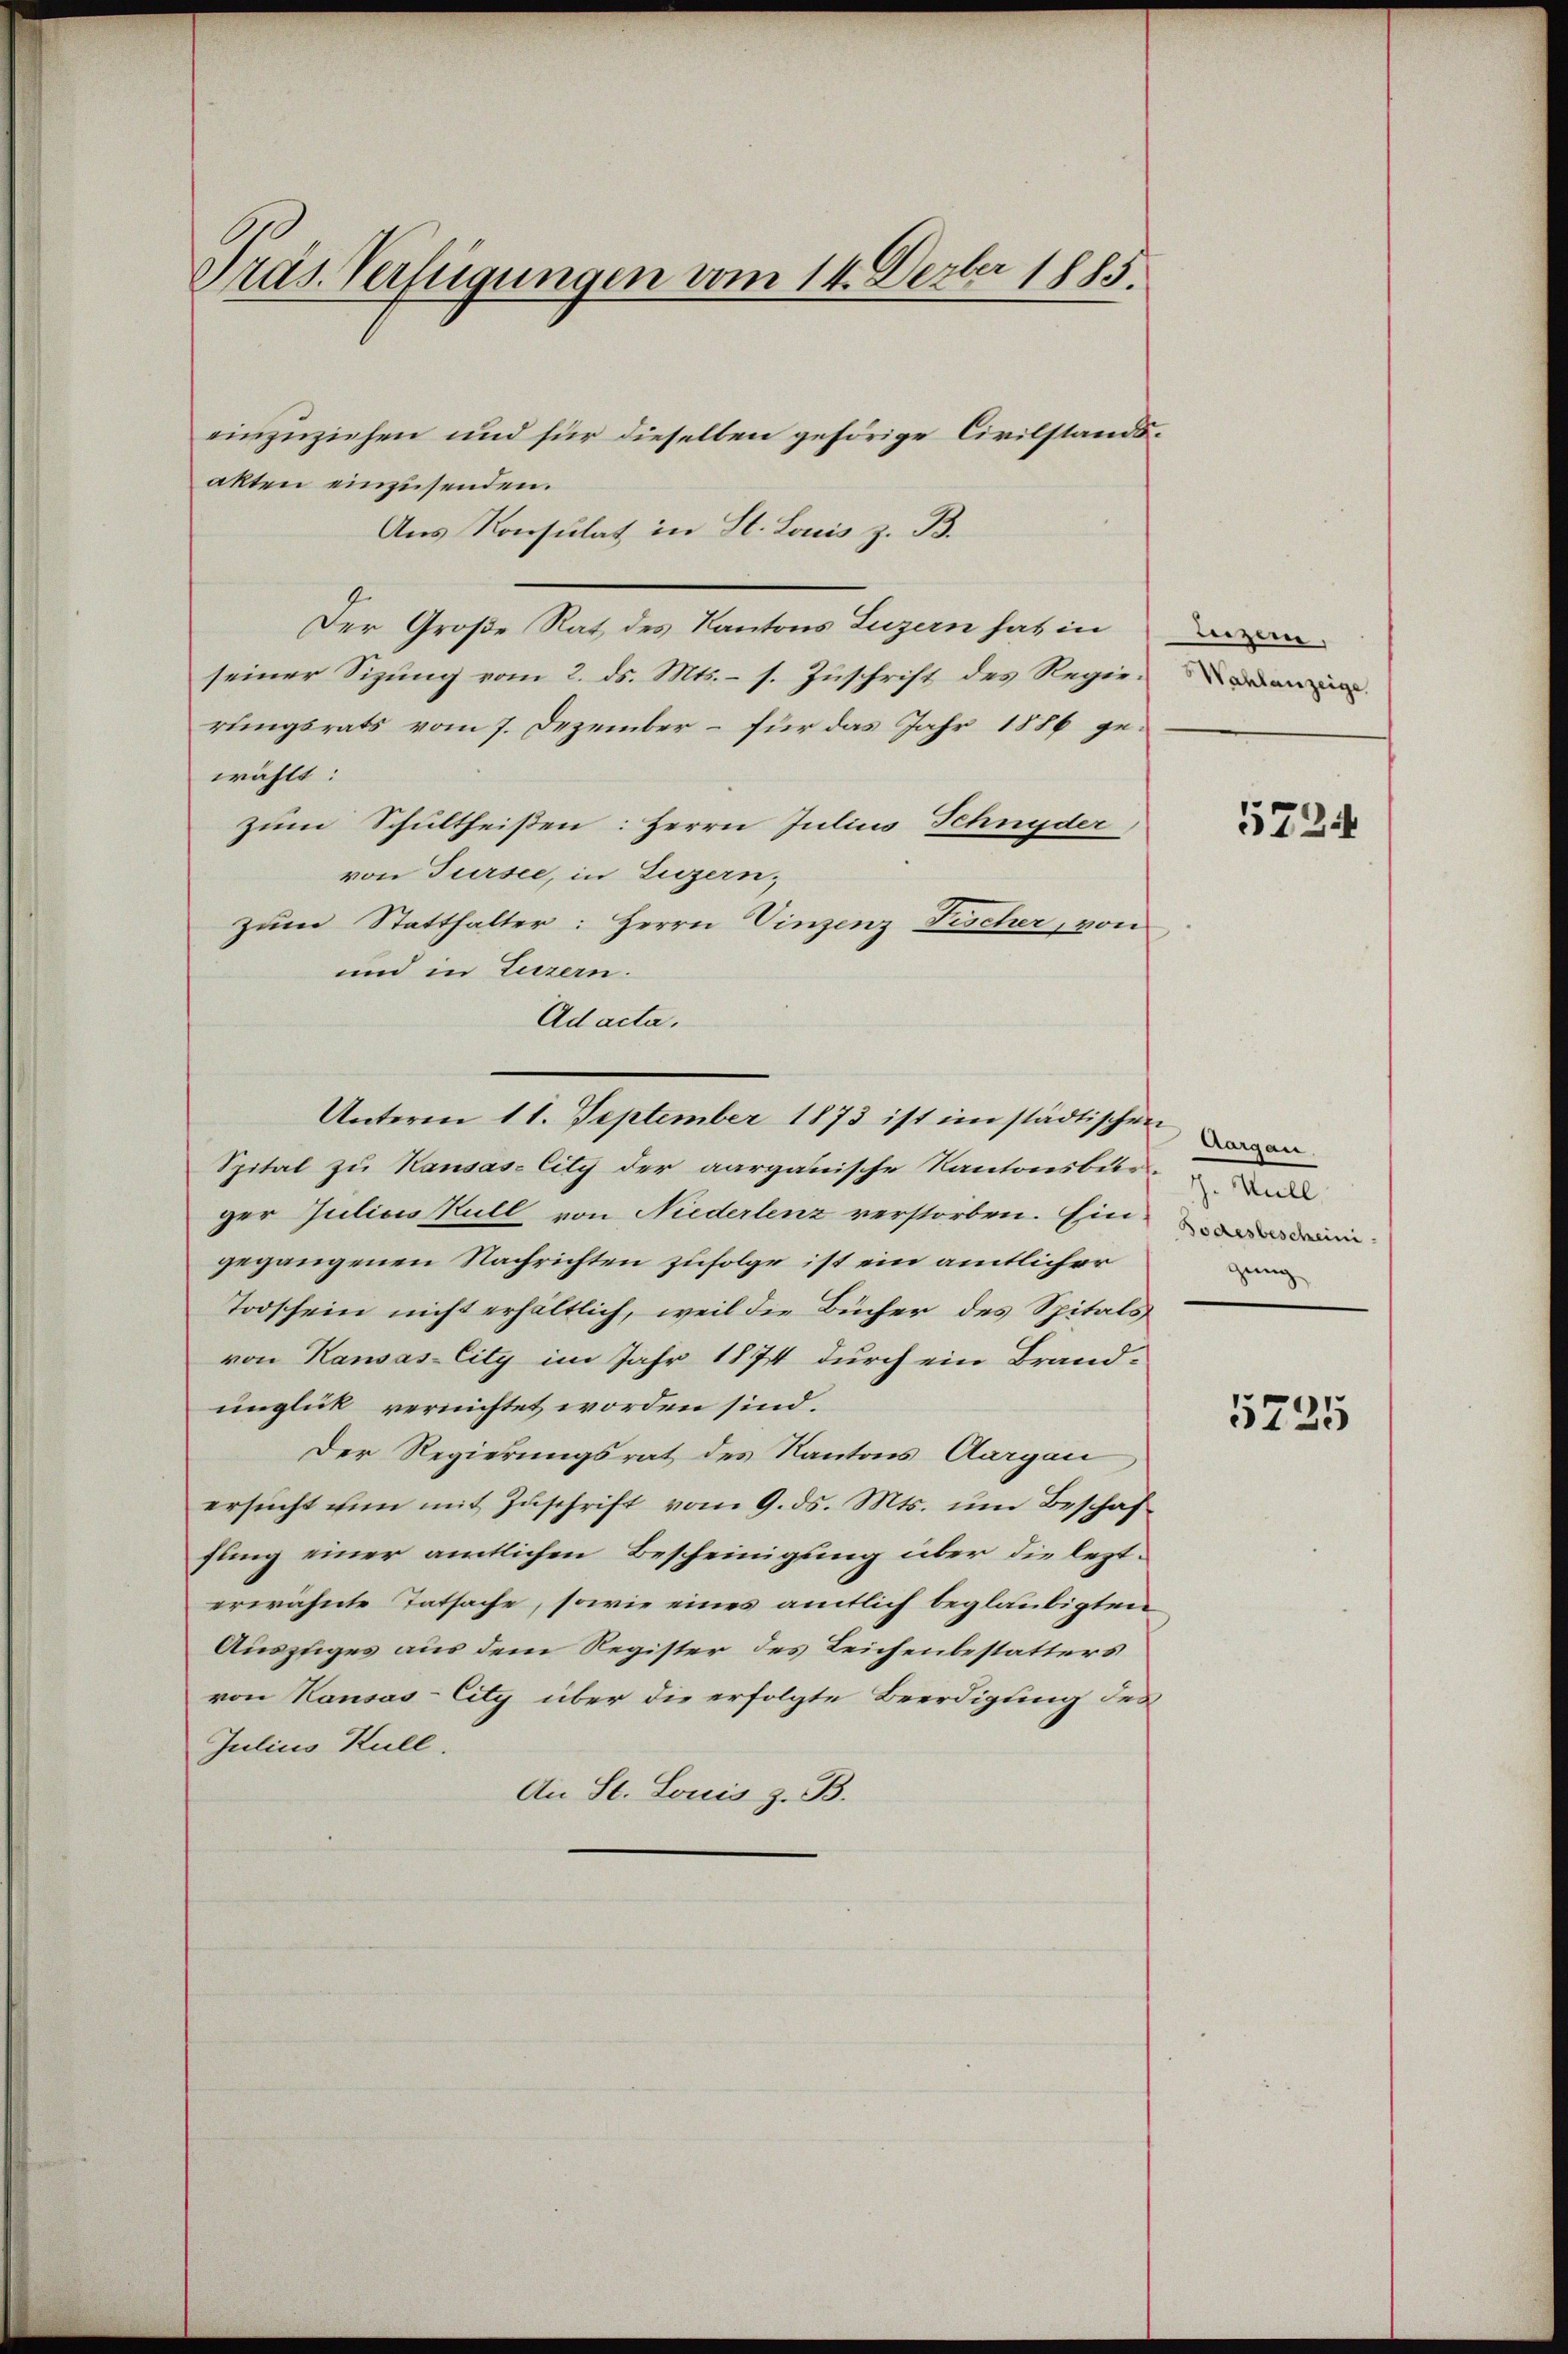
Präs. Verfügungen vom 14. Derber 1885.

einzuziehen und für dieselben gehörige Civilstandsakten einzusenden.
Aus Konsulat in St. Louis z. B.
Der Große Rat des Kantons Luzern hat in
seiner Sitzung vom 2. ds. Mts. – s. Zuschrift des Regierungsrats vom 7. Dezember – für das Jahr 1886 gewählt:
zum Schultheißen: Herrn Julius Schnyder
von Tursee, in Luzern,
zum Statthalter: Herrn Vinzenz Fischer, von
und in Luzern.
Ad acta.
Unterm 11. September 1873 ist im städtischen
Spital zu Hausas City der aargauische Kantonsbetr
ger Julius Kull von Niederlenz verstorben. Ein
gegangenen Nachrichten zufolge ist ein amtlicher
Todschein nicht erhältlich, weil die Bücher des Spitals
von Kausas-City im Jahr 1874 durch ein Brand-
unglick vernichtet worden sind.
Der Regierungsrat des Kantons Aargau
ersŭcht und mit Zŭschrift vom 9. ds. Mts. ŭm Beschaf
fling einer amtlichen Bescheinigung über die lezterwähnte Tatsache, sowie eines amtlich beglaubigten
Auszuges aus dem Register des Leichenbestatters
von Kausas-City über die erfolgte Beerdigung des
Julius Kull.
An St. Louis z. B.

eizern,
Wahlanzeige

5724

J. Will
Bodesbescheini
gung

5725